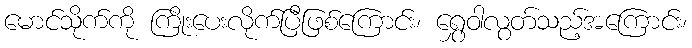
မောင်သိုက်ကို ကြိုးပေးလိုက်ပြီဖြစ်ကြောင်း၊ ရွှေဝါလွတ်သည့်အကြောင်း၊